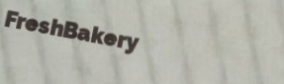
FreshBakery